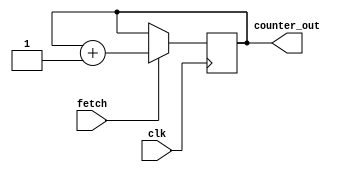
module counter( 
	input clk, fetch,
	output reg [7:0] counter_out
);

	always@(posedge clk) 
	begin
  

	if(fetch)
		counter_out <= counter_out + 1;

  end
endmodule